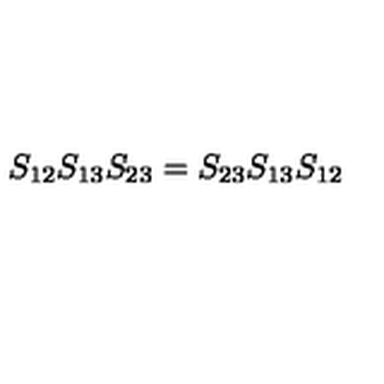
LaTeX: S _ { 1 2 } S _ { 1 3 } S _ { 2 3 } = S _ { 2 3 } S _ { 1 3 } S _ { 1 2 }